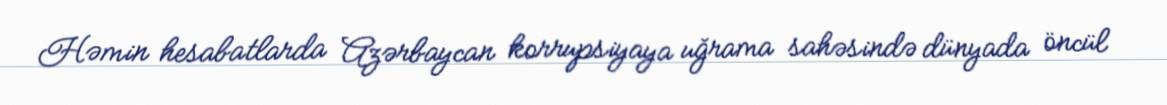
Həmin hesabatlarda Azərbaycan korrupsiyaya uğrama sahəsində dünyada öncül